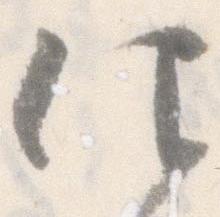
仰